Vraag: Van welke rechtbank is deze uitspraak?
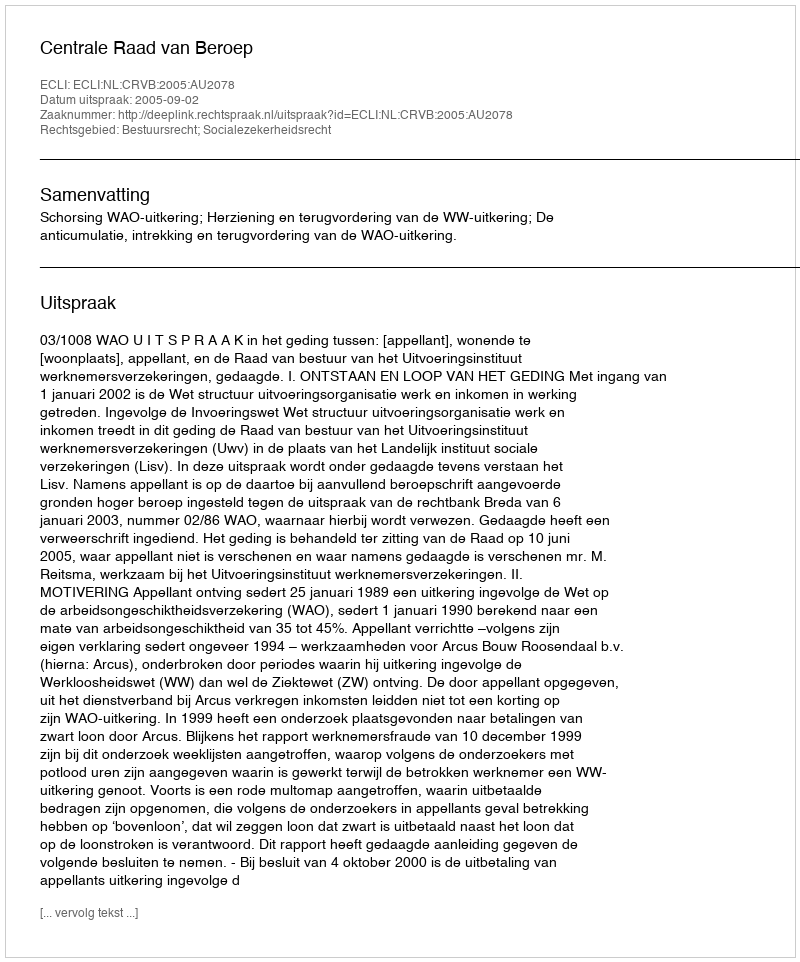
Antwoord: Centrale Raad van Beroep